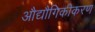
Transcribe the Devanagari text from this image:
औद्यौगिकीकरण